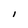
Character: l